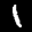
Label: 1